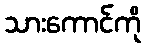
သားကောင်ကို